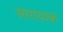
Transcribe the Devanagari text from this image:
सारायाक